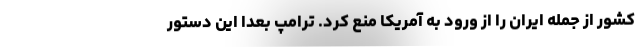
کشور از جمله ایران را از ورود به آمریکا منع کرد. ترامپ بعداً این دستور